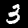
Digit: 3